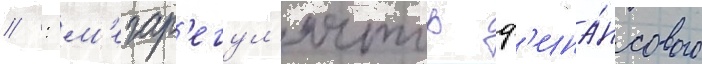
// : м'егар'егул'ятор ф'ина́нсового